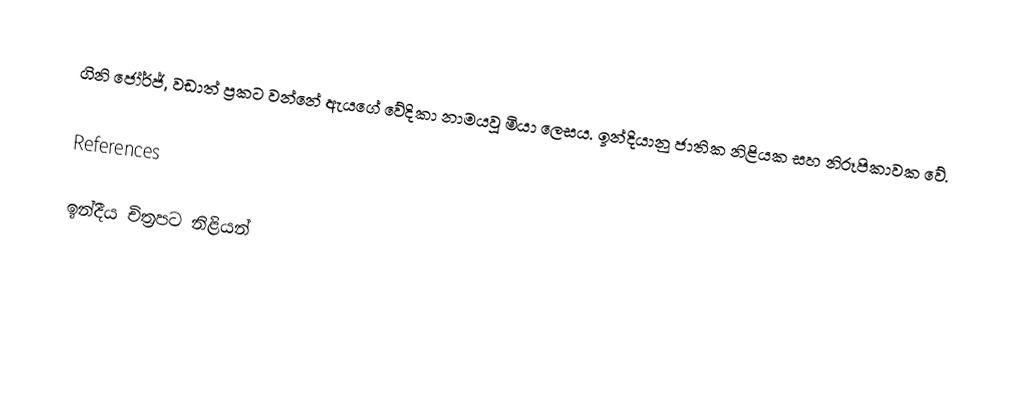
ගිනි ජෝර්ජ්, වඩාත් ප්‍රකට වන්නේ ඇයගේ වේදිකා නාමයවූ මියා ලෙසය. ඉන්දියානු ජාතික නිළියක සහ නිරූපිකාවක වේ.

References

ඉන්දීය චිත්‍රපට නිළියන්